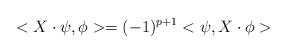
\begin{align*} <X\cdot\psi,\phi>=(-1)^{p+1}<\psi,X\cdot\phi>\end{align*}